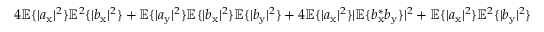
4 \mathbb { E } \{ | a _ { \mathrm { x } } | ^ { 2 } \} \mathbb { E } ^ { 2 } \{ | b _ { \mathrm { x } } | ^ { 2 } \} + \mathbb { E } \{ | a _ { \mathrm { y } } | ^ { 2 } \} \mathbb { E } \{ | b _ { \mathrm { x } } | ^ { 2 } \} \mathbb { E } \{ | b _ { \mathrm { y } } | ^ { 2 } \} + 4 \mathbb { E } \{ | a _ { \mathrm { x } } | ^ { 2 } \} | \mathbb { E } \{ b _ { \mathrm { x } } ^ { \ast } b _ { \mathrm { y } } \} | ^ { 2 } + \mathbb { E } \{ | a _ { \mathrm { x } } | ^ { 2 } \} \mathbb { E } ^ { 2 } \{ | b _ { \mathrm { y } } | ^ { 2 } \}